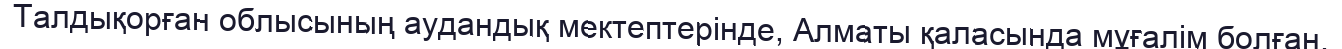
Талдықорған облысының аудандық мектептерінде, Алматы қаласында мұғалім болған.